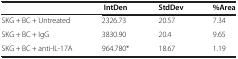
|  | IntDen | StdDev | %Area |
 | --- | --- | --- | --- |
 | SKG + BC + Untreated | 2326.73 | 20.57 | 7.34 |
 | SKG + BC + IgG | 3830.90 | 20.4 | 9.65 |
 | SKG + BC + anti-IL-17A | 964.780* | 18.67 | 1.19 |